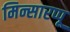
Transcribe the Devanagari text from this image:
मिन्सारप्पू